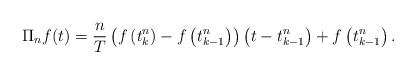
LaTeX: \begin{align*}\Pi_nf(t)= {n\over T}\left(f\left(t^n_k\right) - f\left(t^n_{k-1}\right)\right)\left(t-t^n_{k-1}\right)+f\left(t^n_{k-1}\right). \end{align*}